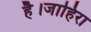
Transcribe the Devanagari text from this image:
है।जाहिरा